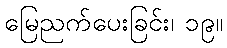
မြေညက်ပေးခြင်း၊ ၁၉။